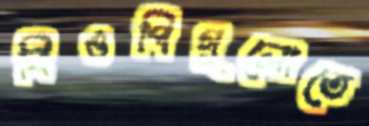
বিওপিগুলোতে